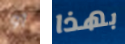
أو بهذا